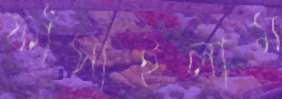
ফাঁসাইলাম